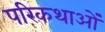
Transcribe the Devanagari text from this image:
परिकथाओं